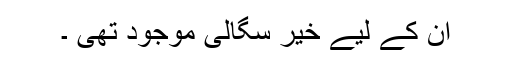
ان کے لیے خیر سگالی موجود تھی ۔